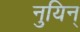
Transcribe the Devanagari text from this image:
नुयिन्